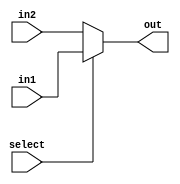
module Mux32(in1,in2,select,out);
  input [31:0]in1, in2; 
  input select;
  output [31:0]out;
  assign out = select? in1: in2;// select = 0, out = in1; select = 1, out = in2.
endmodule